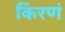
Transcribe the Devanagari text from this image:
किरणं